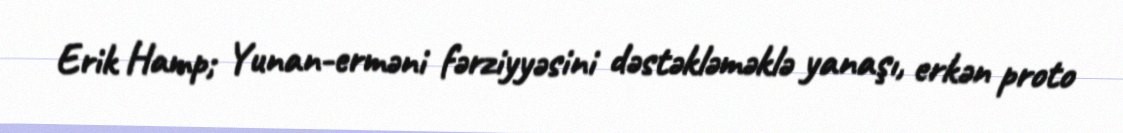
Erik Hamp; Yunan-erməni fərziyyəsini dəstəkləməklə yanaşı, erkən proto